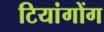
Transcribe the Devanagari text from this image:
टियांगोंग